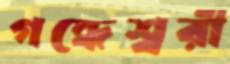
গন্ধেশ্বরী